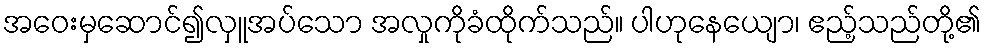
အဝေးမှဆောင်၍လှူအပ်သော အလှုကိုခံထိုက်သည်။ ပါဟုနေယျော၊ ဧည့်သည်တို့၏